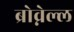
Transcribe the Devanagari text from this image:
ब्रोव्नेल्ल